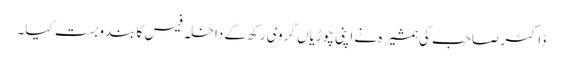
ڈاکٹر صاحب کی ہمشیرہ نے اپنی چوڑیاں گروی رکھ کے داخلہ فیس کا بندوبست کیا۔